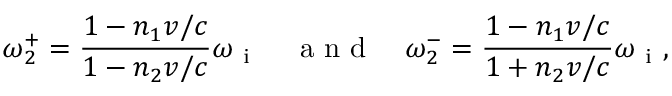
\omega _ { 2 } ^ { + } = \frac { 1 - n _ { 1 } v / c } { 1 - n _ { 2 } v / c } \omega _ { \mathrm { ~ i ~ } } \quad \mathrm { ~ a ~ n ~ d ~ } \quad \omega _ { 2 } ^ { - } = \frac { 1 - n _ { 1 } v / c } { 1 + n _ { 2 } v / c } \omega _ { \mathrm { ~ i ~ } } ,